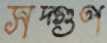
সদ্গুণ